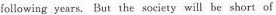
following years.But ihe society will be short of